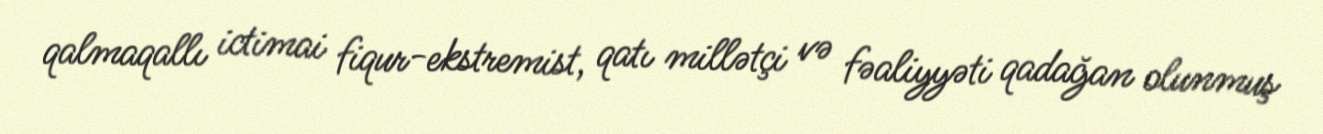
qalmaqallı ictimai fiqur-ekstremist, qatı millətçi və fəaliyyəti qadağan olunmuş